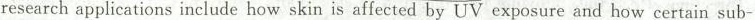
research applications include how skin is affected by UV exposure and how certain sub-